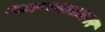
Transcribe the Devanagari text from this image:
आहारशास्त्रावर